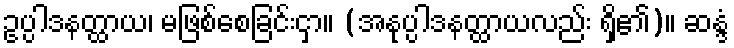
ဥပ္ပါဒနတ္ထာယ၊ မဖြစ်စေခြင်းငှာ။ (အနုပ္ပါဒနတ္ထာယလည်း ရှိ၏)။ ဆန္ဒံ